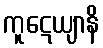
ကူဋေယျာနိ